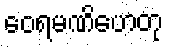
ဝေရမဏိဟေတု